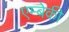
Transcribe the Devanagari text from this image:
एम्बेकी